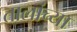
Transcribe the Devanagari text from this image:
तालांच्या